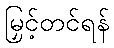
မြှင့်တင်ရန်